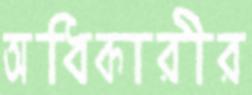
অধিকারীর